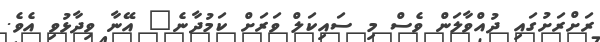
ރަށްރަށުގައި ދުއްވާލަން ވެސް މި ސައިކަލް ވަރަށް ކަމުދާނެ" އޭނާ ވިދާޅުވި އެވެ.